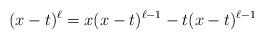
LaTeX: \begin{align*}(x-t)^\ell=x(x-t)^{\ell-1}-t(x-t)^{\ell-1}\end{align*}